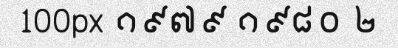
100px ១៩៧៩ ១៩៨០ ២